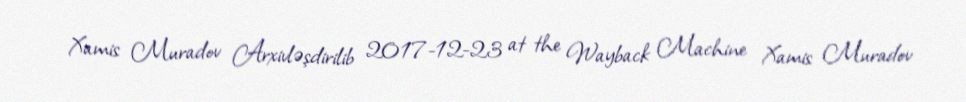
Xamis Muradov Arxivləşdirilib 2017-12-23 at the Wayback Machine Xamis Muradov